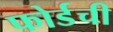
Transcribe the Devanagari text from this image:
फोर्डची